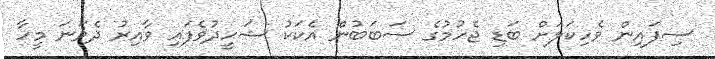
ސިފައިން ވެހިކަލަށް ބަޑި ޖެހުމުގެ ސަބަބުން އެކަކު ޝަހީދުވެފައި ވާއިރު ދެވަނަ މީހާ